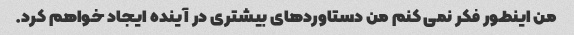
من اینطور فکر نمی کنم من دستاوردهای بیشتری در آینده ایجاد خواهم کرد.